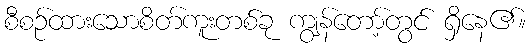
စီစဉ်ထားသောစိတ်ကူးတစ်ခု ကျွန်တော့်တွင် ရှိနေ၏။